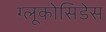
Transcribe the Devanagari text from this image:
ग्लूकोसिडेस